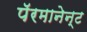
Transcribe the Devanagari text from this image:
पॅरमानेन्ट